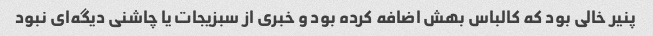
پنیر خالی بود که کالباس بهش اضافه کرده بود و خبری از سبزیجات یا چاشنی دیگه‌ای نبود